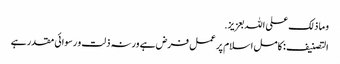
و ما ذلک علی اللہ بعزیز.
التصنیف : کامل اسلام پر عمل فرض ہے ورنہ ذلت و رسوائی مقدر ہے